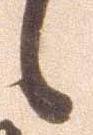
候